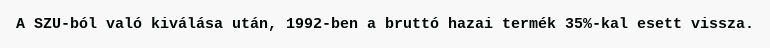
A SZU-ból való kiválása után, 1992-ben a bruttó hazai termék 35%-kal esett vissza.